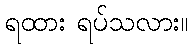
ရထား ရပ်သလား။